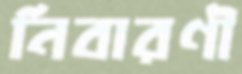
নিবারণী